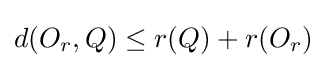
d(O_{r},Q)\leq r(Q)+r(O_{r})